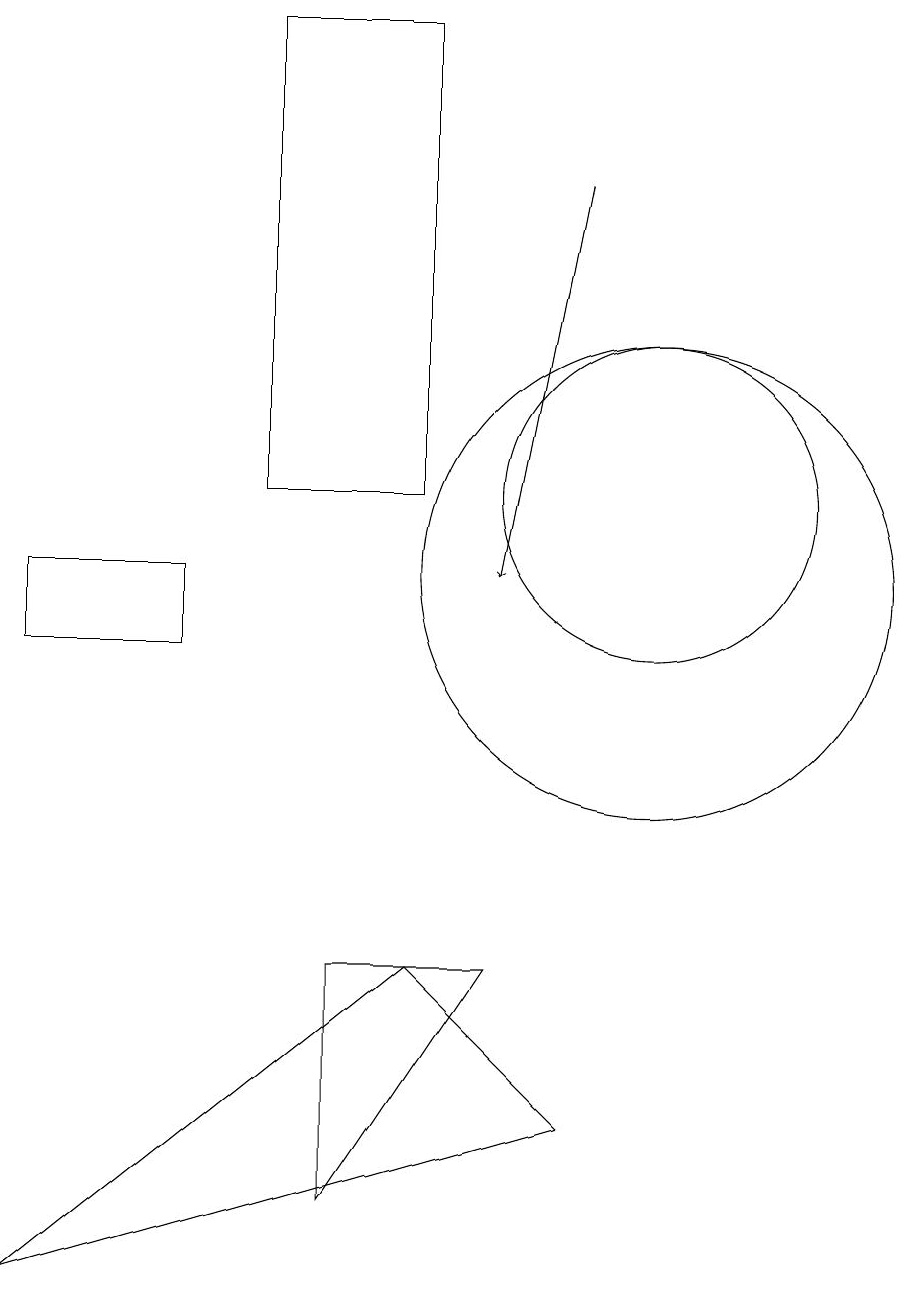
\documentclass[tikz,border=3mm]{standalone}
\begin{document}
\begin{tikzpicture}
\draw (10,12) circle (2);
\draw (8,6) -- (6,6) -- (6,3) -- cycle;
\draw (5,18) rectangle (7,12);
\draw (10,11) circle (3);
\draw (9,4) -- (2,2) -- (7,6) -- cycle;
\draw (2,10) rectangle (4,11);
\draw[->] (9,16) -- (8,11);
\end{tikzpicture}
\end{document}